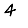
Digit: 4